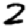
Digit: 2